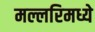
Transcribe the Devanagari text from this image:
मल्लरिमध्ये